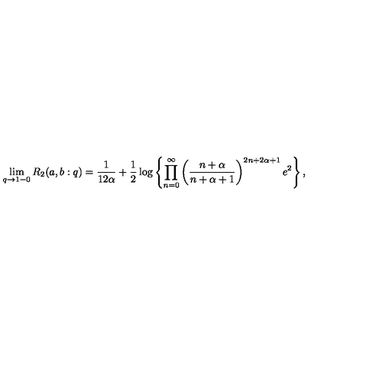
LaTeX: \lim _ { q \to 1 - 0 } R _ { 2 } ( a , b : q ) = \frac { 1 } { 1 2 \alpha } + \frac 1 2 \log \left\{ \prod _ { n = 0 } ^ { \infty } \left( \frac { n + \alpha } { n + \alpha + 1 } \right) ^ { 2 n + 2 \alpha + 1 } e ^ { 2 } \right\} ,